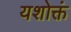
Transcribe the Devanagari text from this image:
यशोक्तं